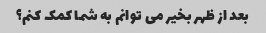
بعد از ظهر بخیر می توانم به شما کمک کنم؟